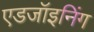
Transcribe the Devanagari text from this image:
एडजॉइनिंग